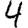
Digit: 4